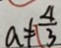
a \neq \frac { 4 } { 3 }